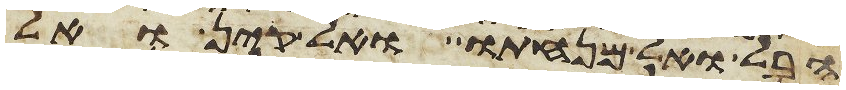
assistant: הבל ואל מנחתו ואל קין ואל